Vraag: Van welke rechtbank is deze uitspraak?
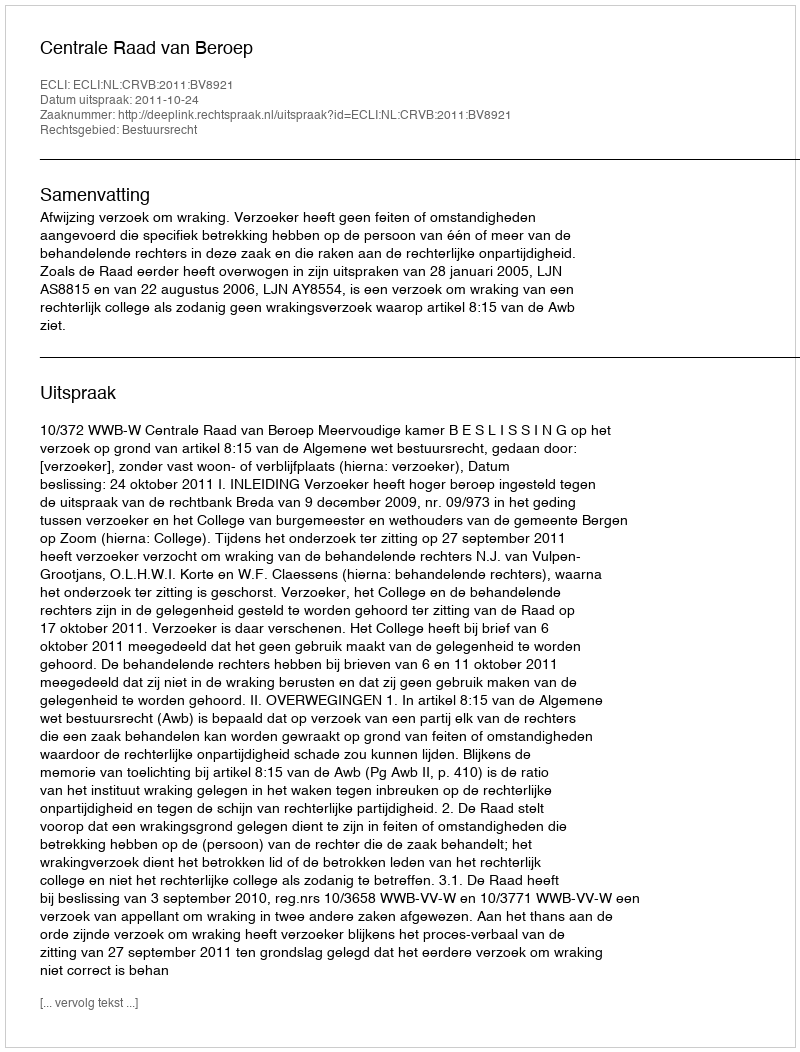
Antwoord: Centrale Raad van Beroep